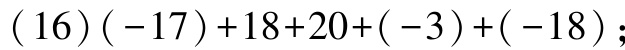
\((16)(-17)+18 + 20+(-3)+(-18)\);